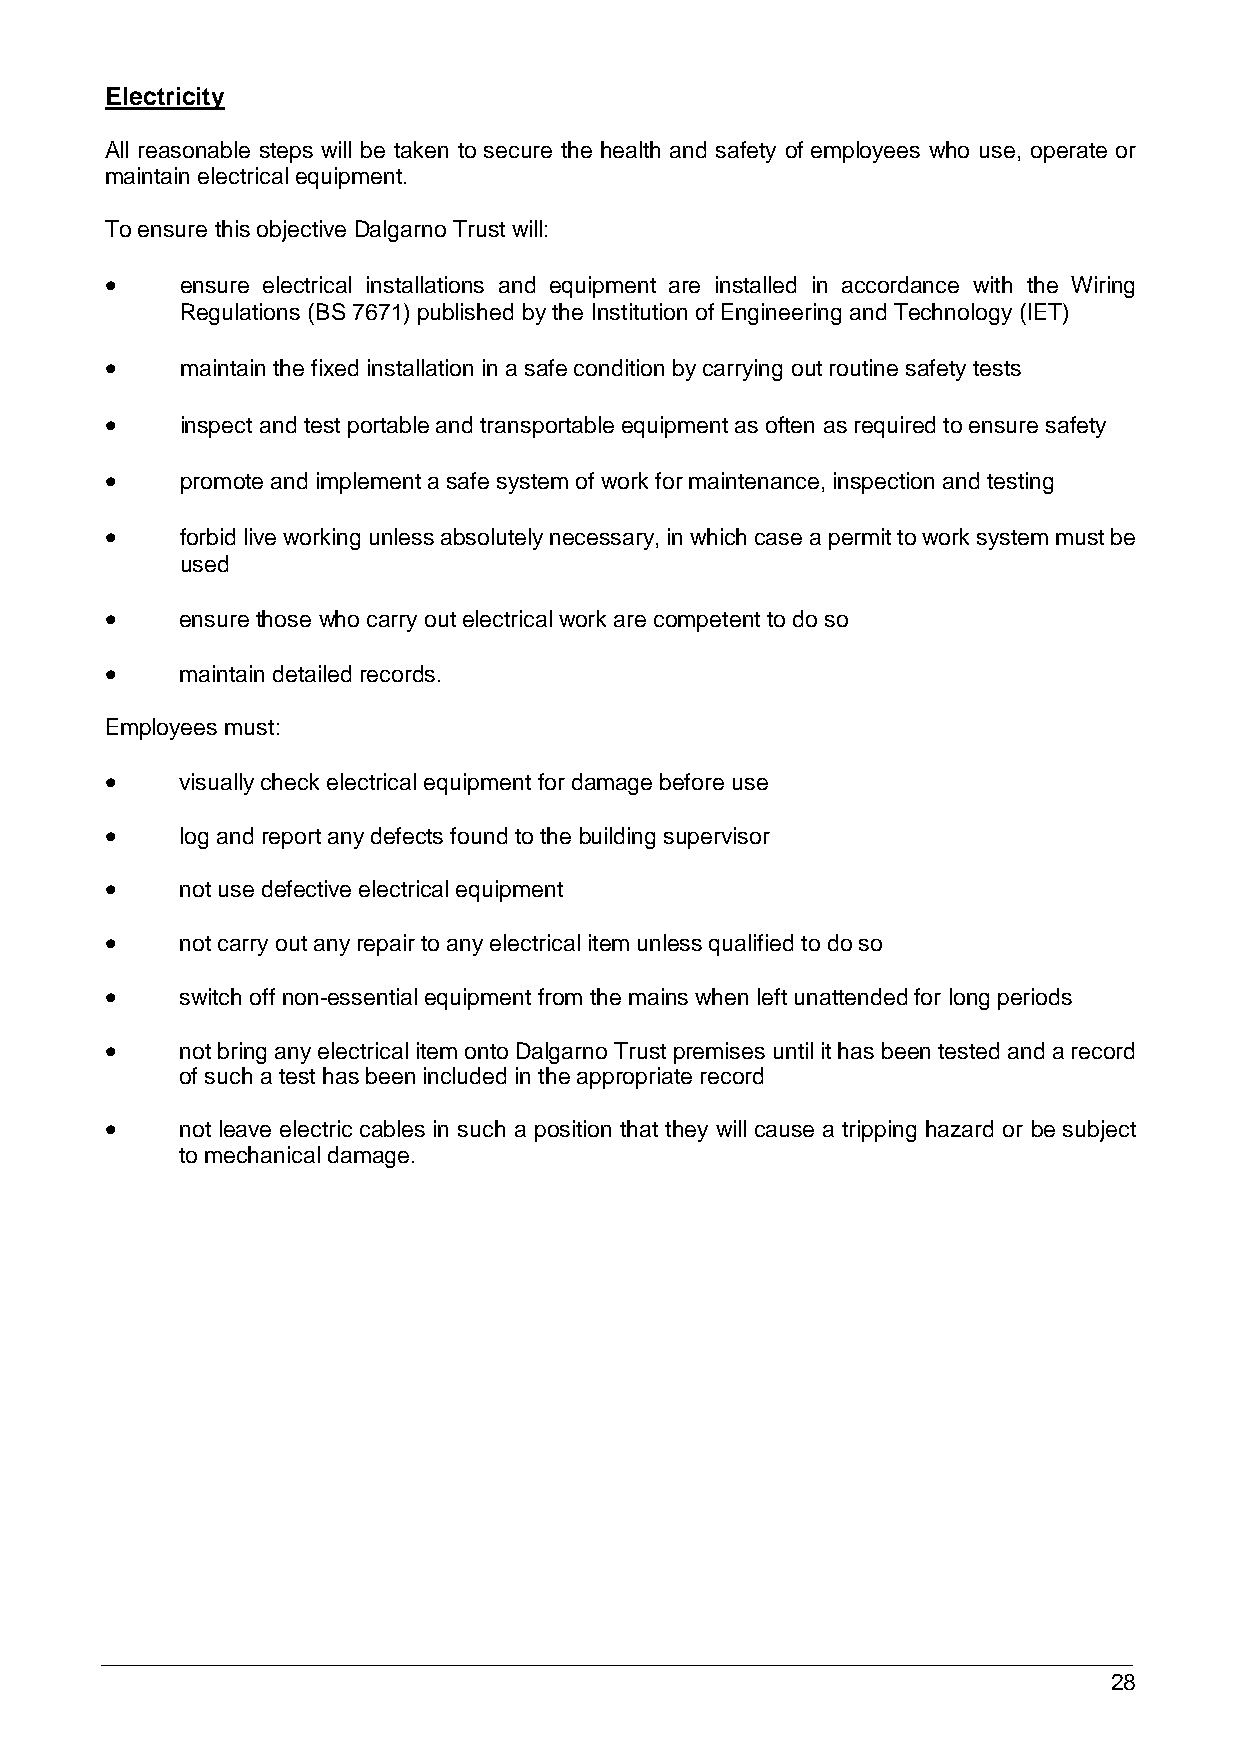
Electricity
 All reasonable steps will be taken to secure the health and safety of employees who use, operate or
 maintain electrical equipment.
 To ensure this objective Dalgarno Trust will:
     ensure electrical installations and equipment are installed in accordance with the Wiring
 Regulations (BS 7671) published by the Institution of Engineering and Technology (IET)
     maintain the fixed installation in a safe condition by carrying out routine safety tests
     inspect and test portable and transportable equipment as often as required to ensure safety
     promote and implement a safe system of work for maintenance, inspection and testing
     forbid live working unless absolutely necessary, in which case a permit to work system must be
 used
     ensure those who carry out electrical work are competent to do so
     maintain detailed records.
 Employees must:
     visually check electrical equipment for damage before use
     log and report any defects found to the building supervisor
     not use defective electrical equipment
     not carry out any repair to any electrical item unless qualified to do so
     switch off non-essential equipment from the mains when left unattended for long periods
     not bring any electrical item onto Dalgarno Trust premises until it has been tested and a record
 of such a test has been included in the appropriate record
     not leave electric cables in such a position that they will cause a tripping hazard or be subject
 to mechanical damage.
 28